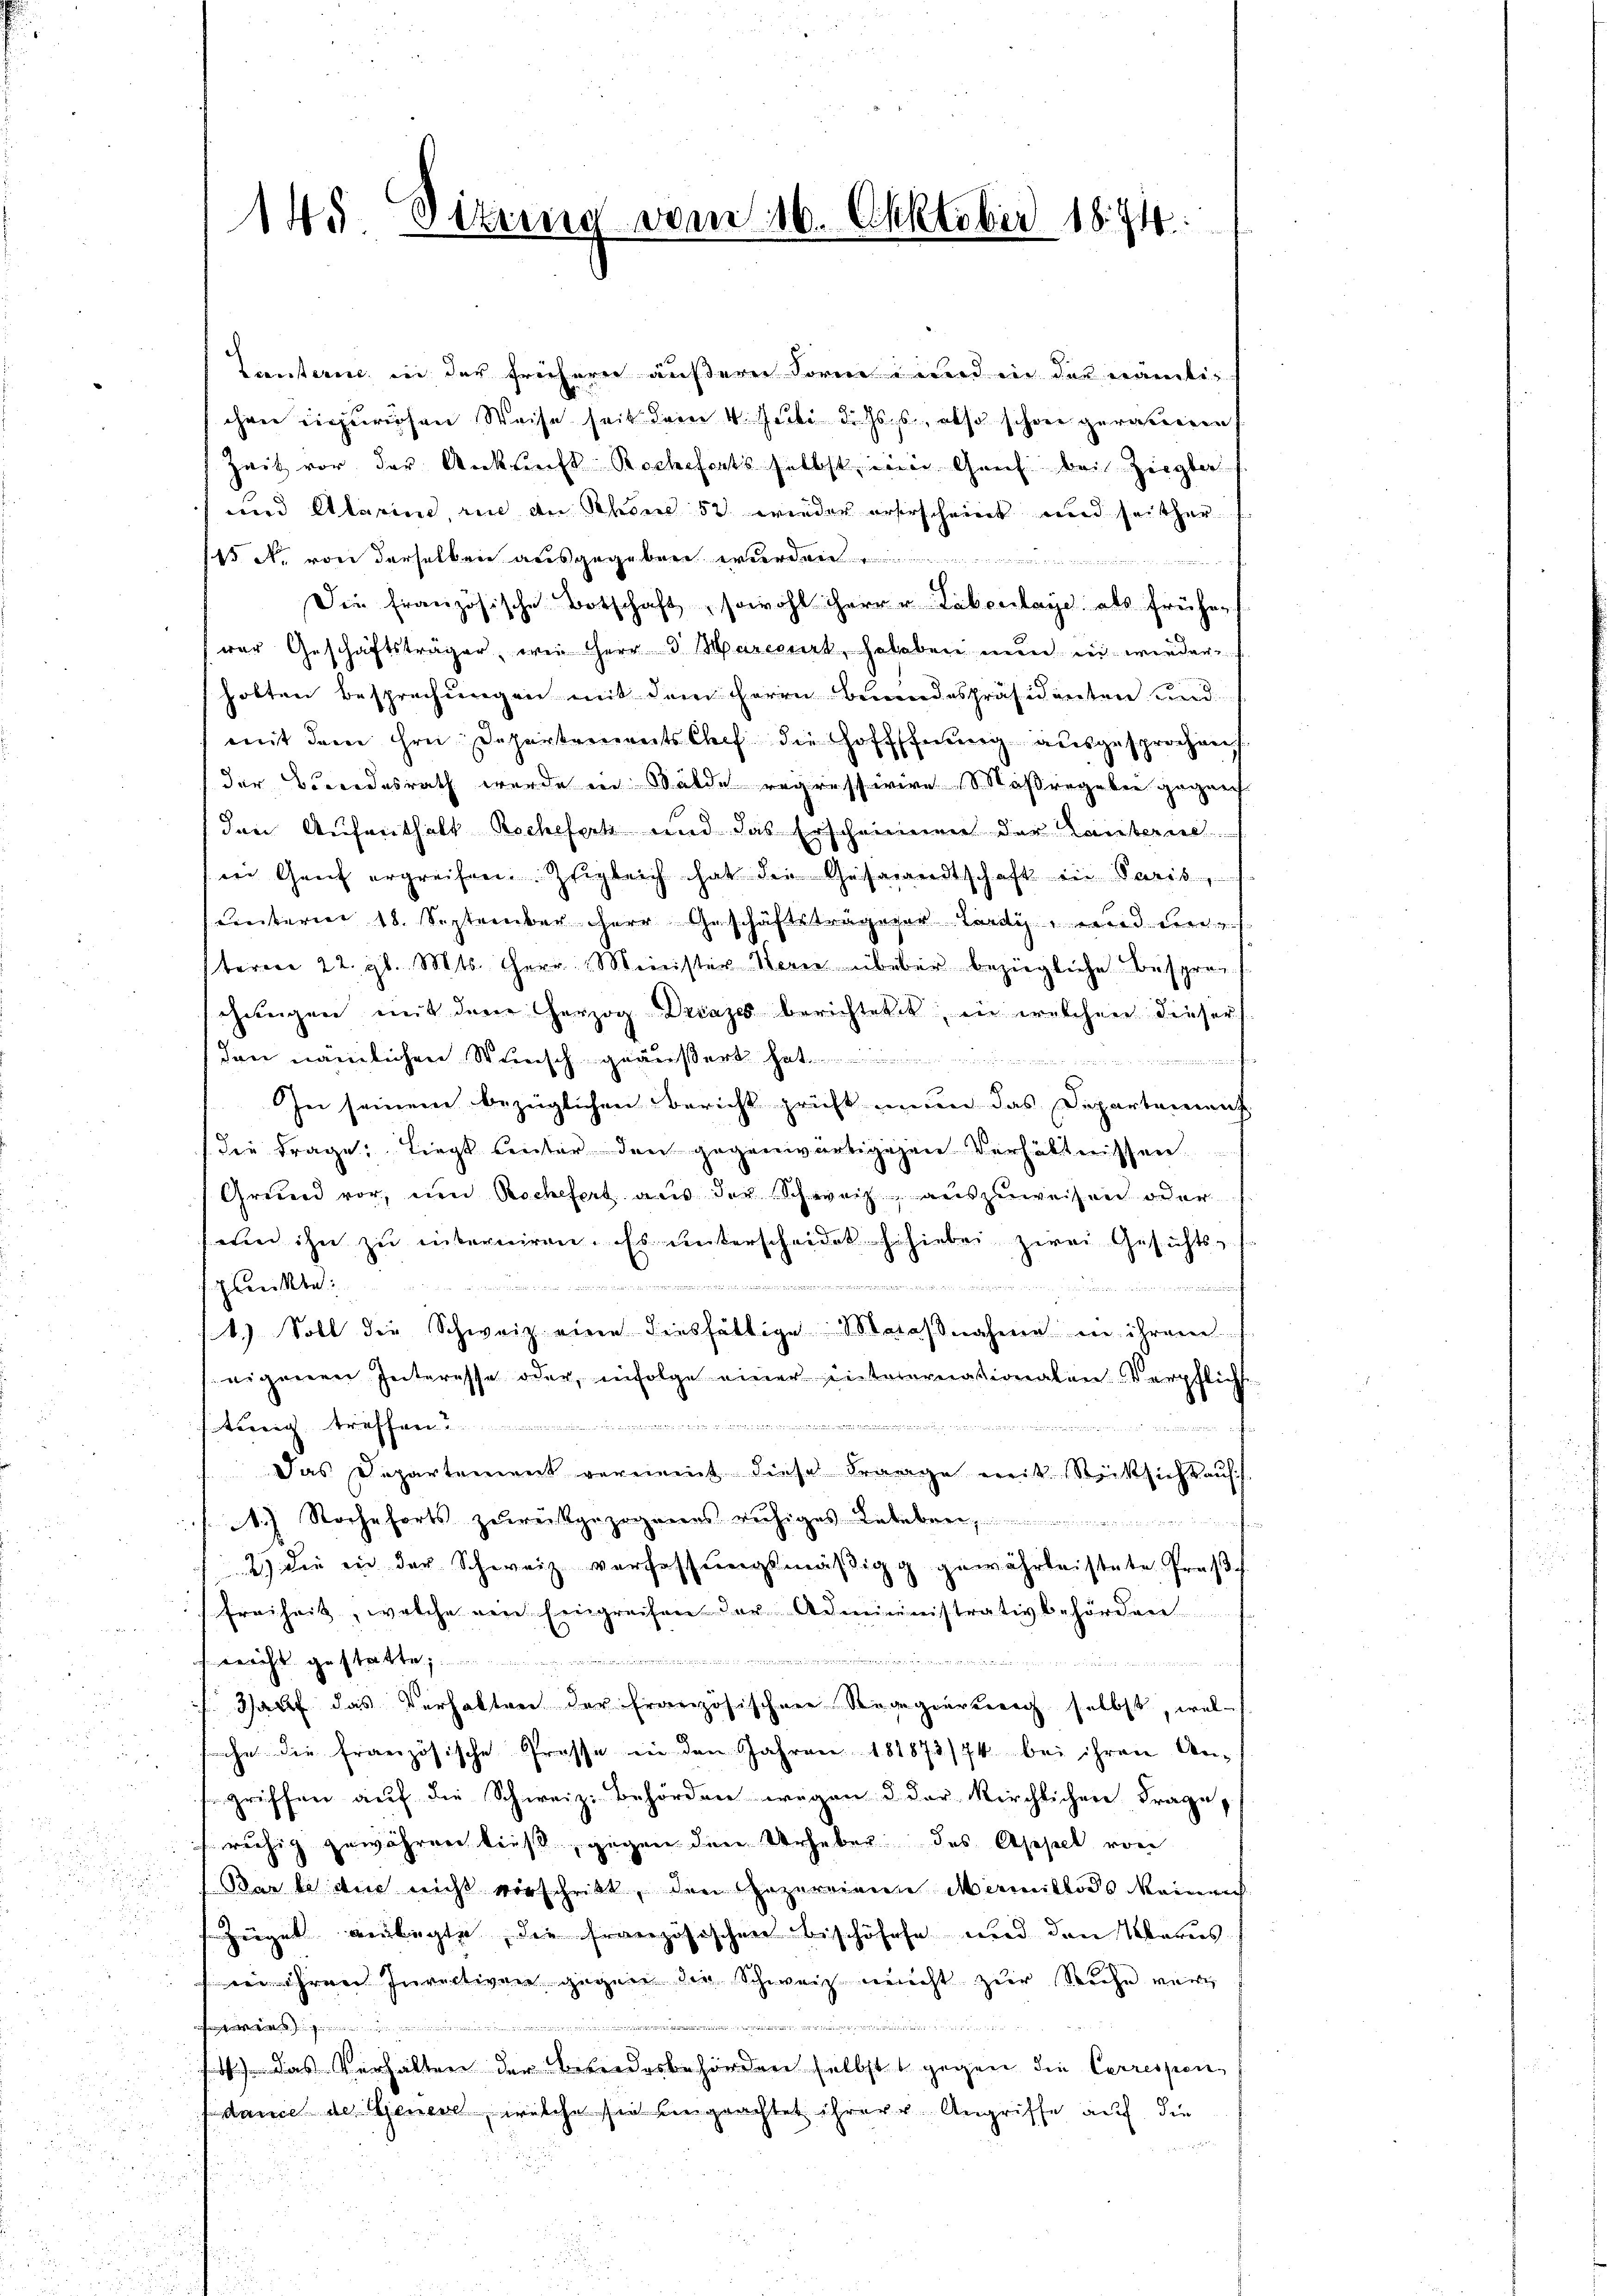
145. Sitzung vom 16. Oktober 1874.

Tanterie, in der früherer äußern Form und in der nämlichen einzuriosen Weise seit dem 4. Juli diess, also schon gerationen
Zeit vor der Ankunft Rochefarts selbst ein Greif bei Ziegler
und Alarine, wie an Schöne 50 wieder erbescheint und seither
 N. von derselben ausgegeben werden
e
Die französische Botschaft, sowohl herr u Lebenlage als früher
war Geschäftsträger, wie Herr 5 Marcourt, gehoben nun in wiederholten Besprechungen mit dem Herrn Brandespräsidenten und
mit dem ihre Schertements Chef die Hoffnung ausgesprochen
der Bordesrath wurde in Wälde regressivere Maßregeben gegen
den Aufenthalt Rochefert und das Erscheinen der Tanterne
in Genf ergreifen. Zugleich hat die Gesamentschaft in Paris,
Cinterner 18. September Herr Geschäftsträgerer Lardy, und nich
teren 22. gl. Mts. Herr Minister Werne überer bezügliche Besprec
schungen mit dem herzog Driazes berichtetes, in welchen dieser
den nämlichen Wunsch geäußert hat.
In seinem bezüglichen Bericht pricht nun das Departement
die Frage: Liegt hinter den gegenwärtigegen Verhältnissen.
Greund vor, um Rochefort aus der Schweiz, auszuweisen oder
wie ihn zu interniren. Es ŭnterscheidet so hiebei zwei Gesichts-
d
idor der er
hreibe.
e
n
1.) Soll die Schweiz eine diesfältige Maaßnahme in ihrem
eigenen Interesse oder, infolge einer interernationaten Verpflich
.
sturig treffen u
Das Departement vernennt diese Frange weit Rücksicht auf
) Stoche forts zurückgezogenes ruhiges Ledeber,
.
2) die in der Schweiz verfassungsmäßig gewährleistete Prose
Freiheit, welche ein Eingreifen der Administrativbehörden

k. gestatte,
d

Hauf das Verhalten der französischene Regierung selbst, wel-
che die französische Grosse in den Jahren 181873/74 bei ihren An-
griffen auf die Schweiz. Behörden wegen d der Kirchlichen Frage,
früchig gewähren ließ, gegen den Urheber des Appel von
Bar bei die nicht verschritt, den Gezereinen Marmitlos einrich
Zügel verlegte, die französischen bischöhete und den Maries
wie ihrer Invectiven gegen die Schweiz nicht zur Siche vere

.
das Verhalten der Befredesbehörden selbst gegen die Correspen
dame der Genere, welche sie ungeachtet ihrere Angriffe auf die
3